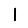
Digit: 1